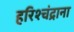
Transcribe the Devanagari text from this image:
हरिश्चंद्राना